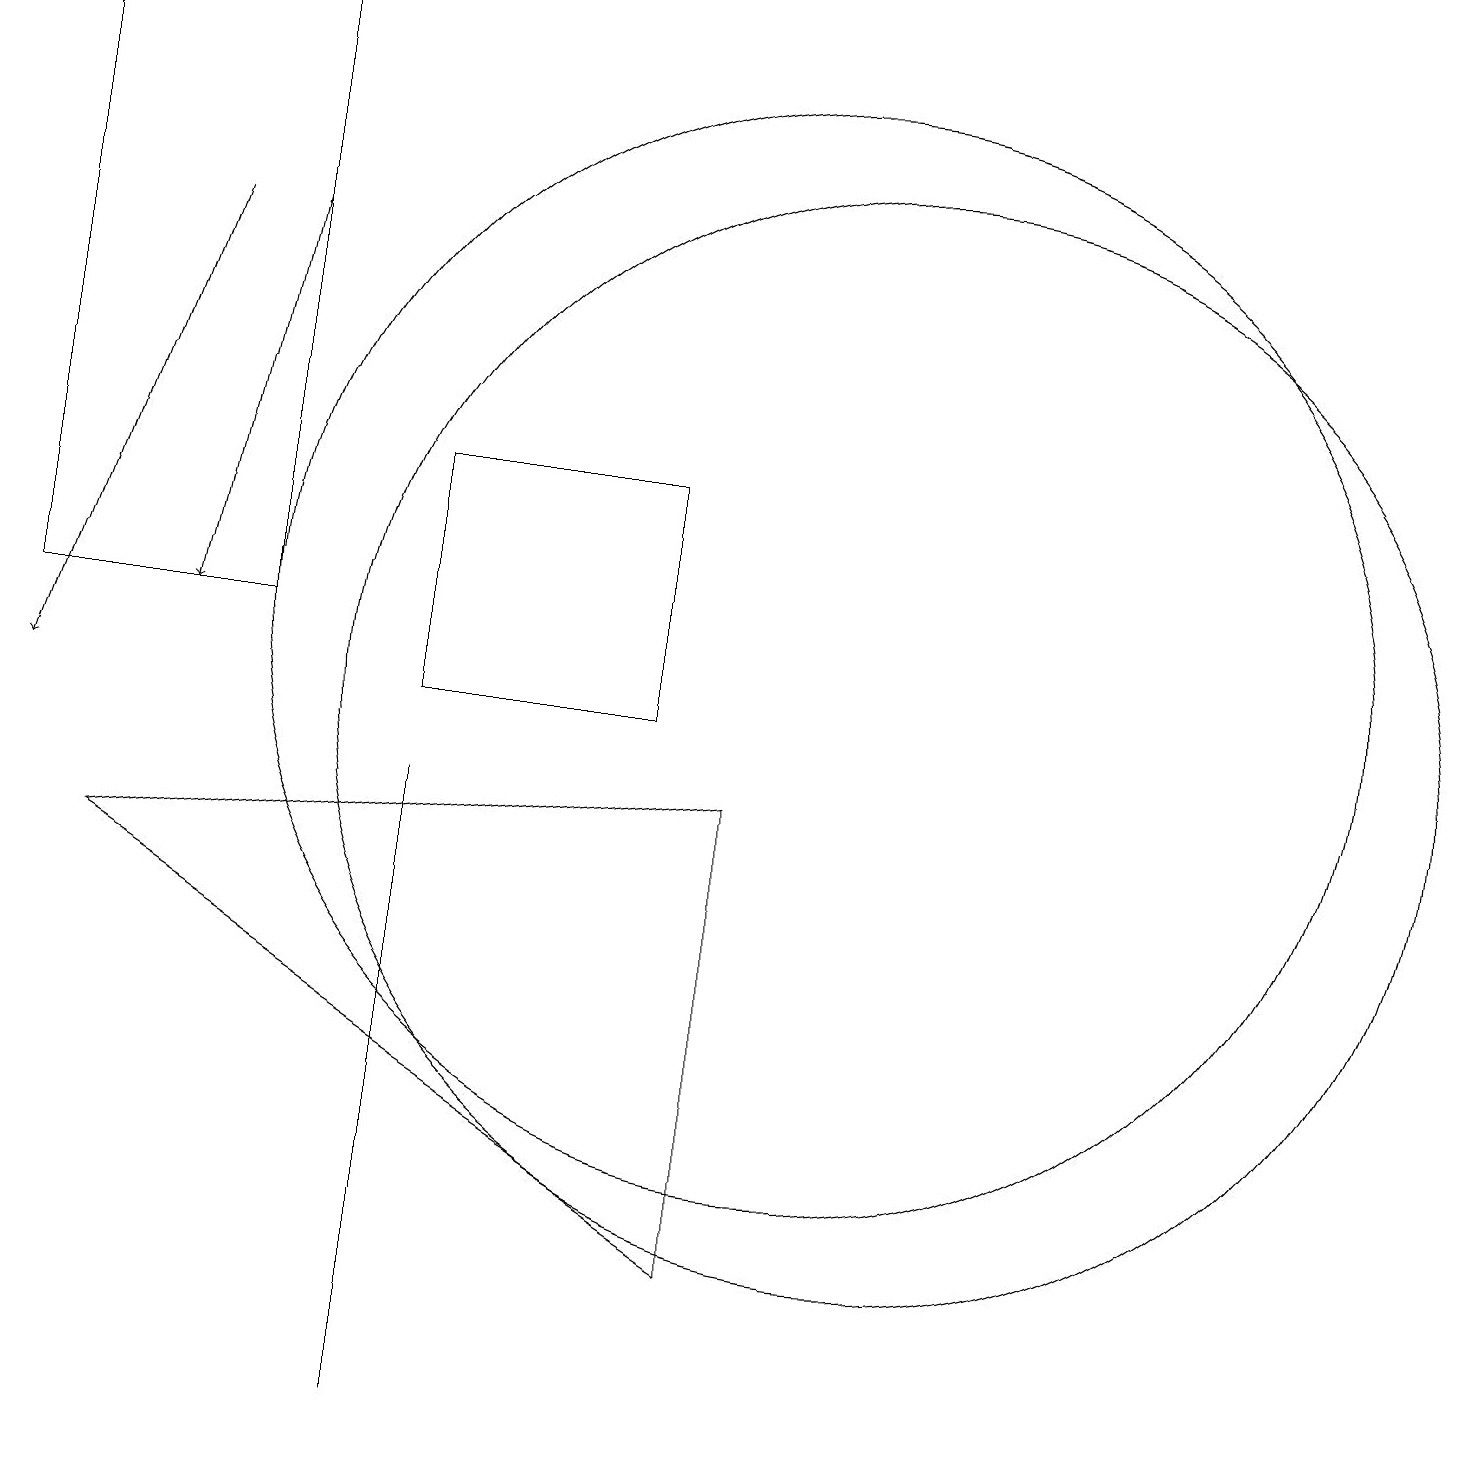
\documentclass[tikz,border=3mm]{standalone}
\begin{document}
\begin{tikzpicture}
\draw[->] (2,16) -- (0,10);
\draw (9,9) -- (1,8) -- (9,3) -- cycle;
\draw (0,19) rectangle (3,11);
\draw (11,10) circle (7);
\draw[->] (3,16) -- (2,11);
\draw (10,11) circle (7);
\draw (5,1) -- (5,9) -- (5,2) -- cycle;
\draw (8,13) rectangle (5,10);
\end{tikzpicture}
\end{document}